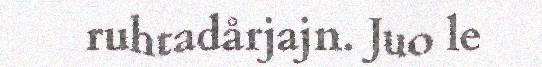
ruhtadårjajn. Juo le